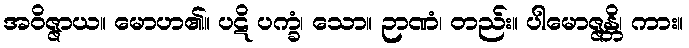
အဝိဇ္ဇာယ။ မောဟ၏။ ပဋိ ပက္ခံ၊ သော။ ဉာဏံ၊ တည်း။ ပါမောဇ္ဇန္တိ၊ ကား။